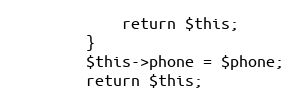
Language: PHP
            return $this;
        }
		$this->phone = $phone;
		return $this;